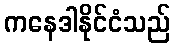
ကနေဒါနိုင်ငံသည်